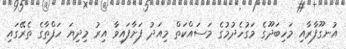
އުނގޫފާރާއި މަހިބަދޫގެ މަގުހެދުމުގެ މަސައްކަތް މިއަދު ފަށާފައިވާ އިރު މިދިޔަ ހަފްތާގެ ތެރޭގައި